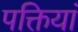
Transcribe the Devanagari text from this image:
पक्तियां